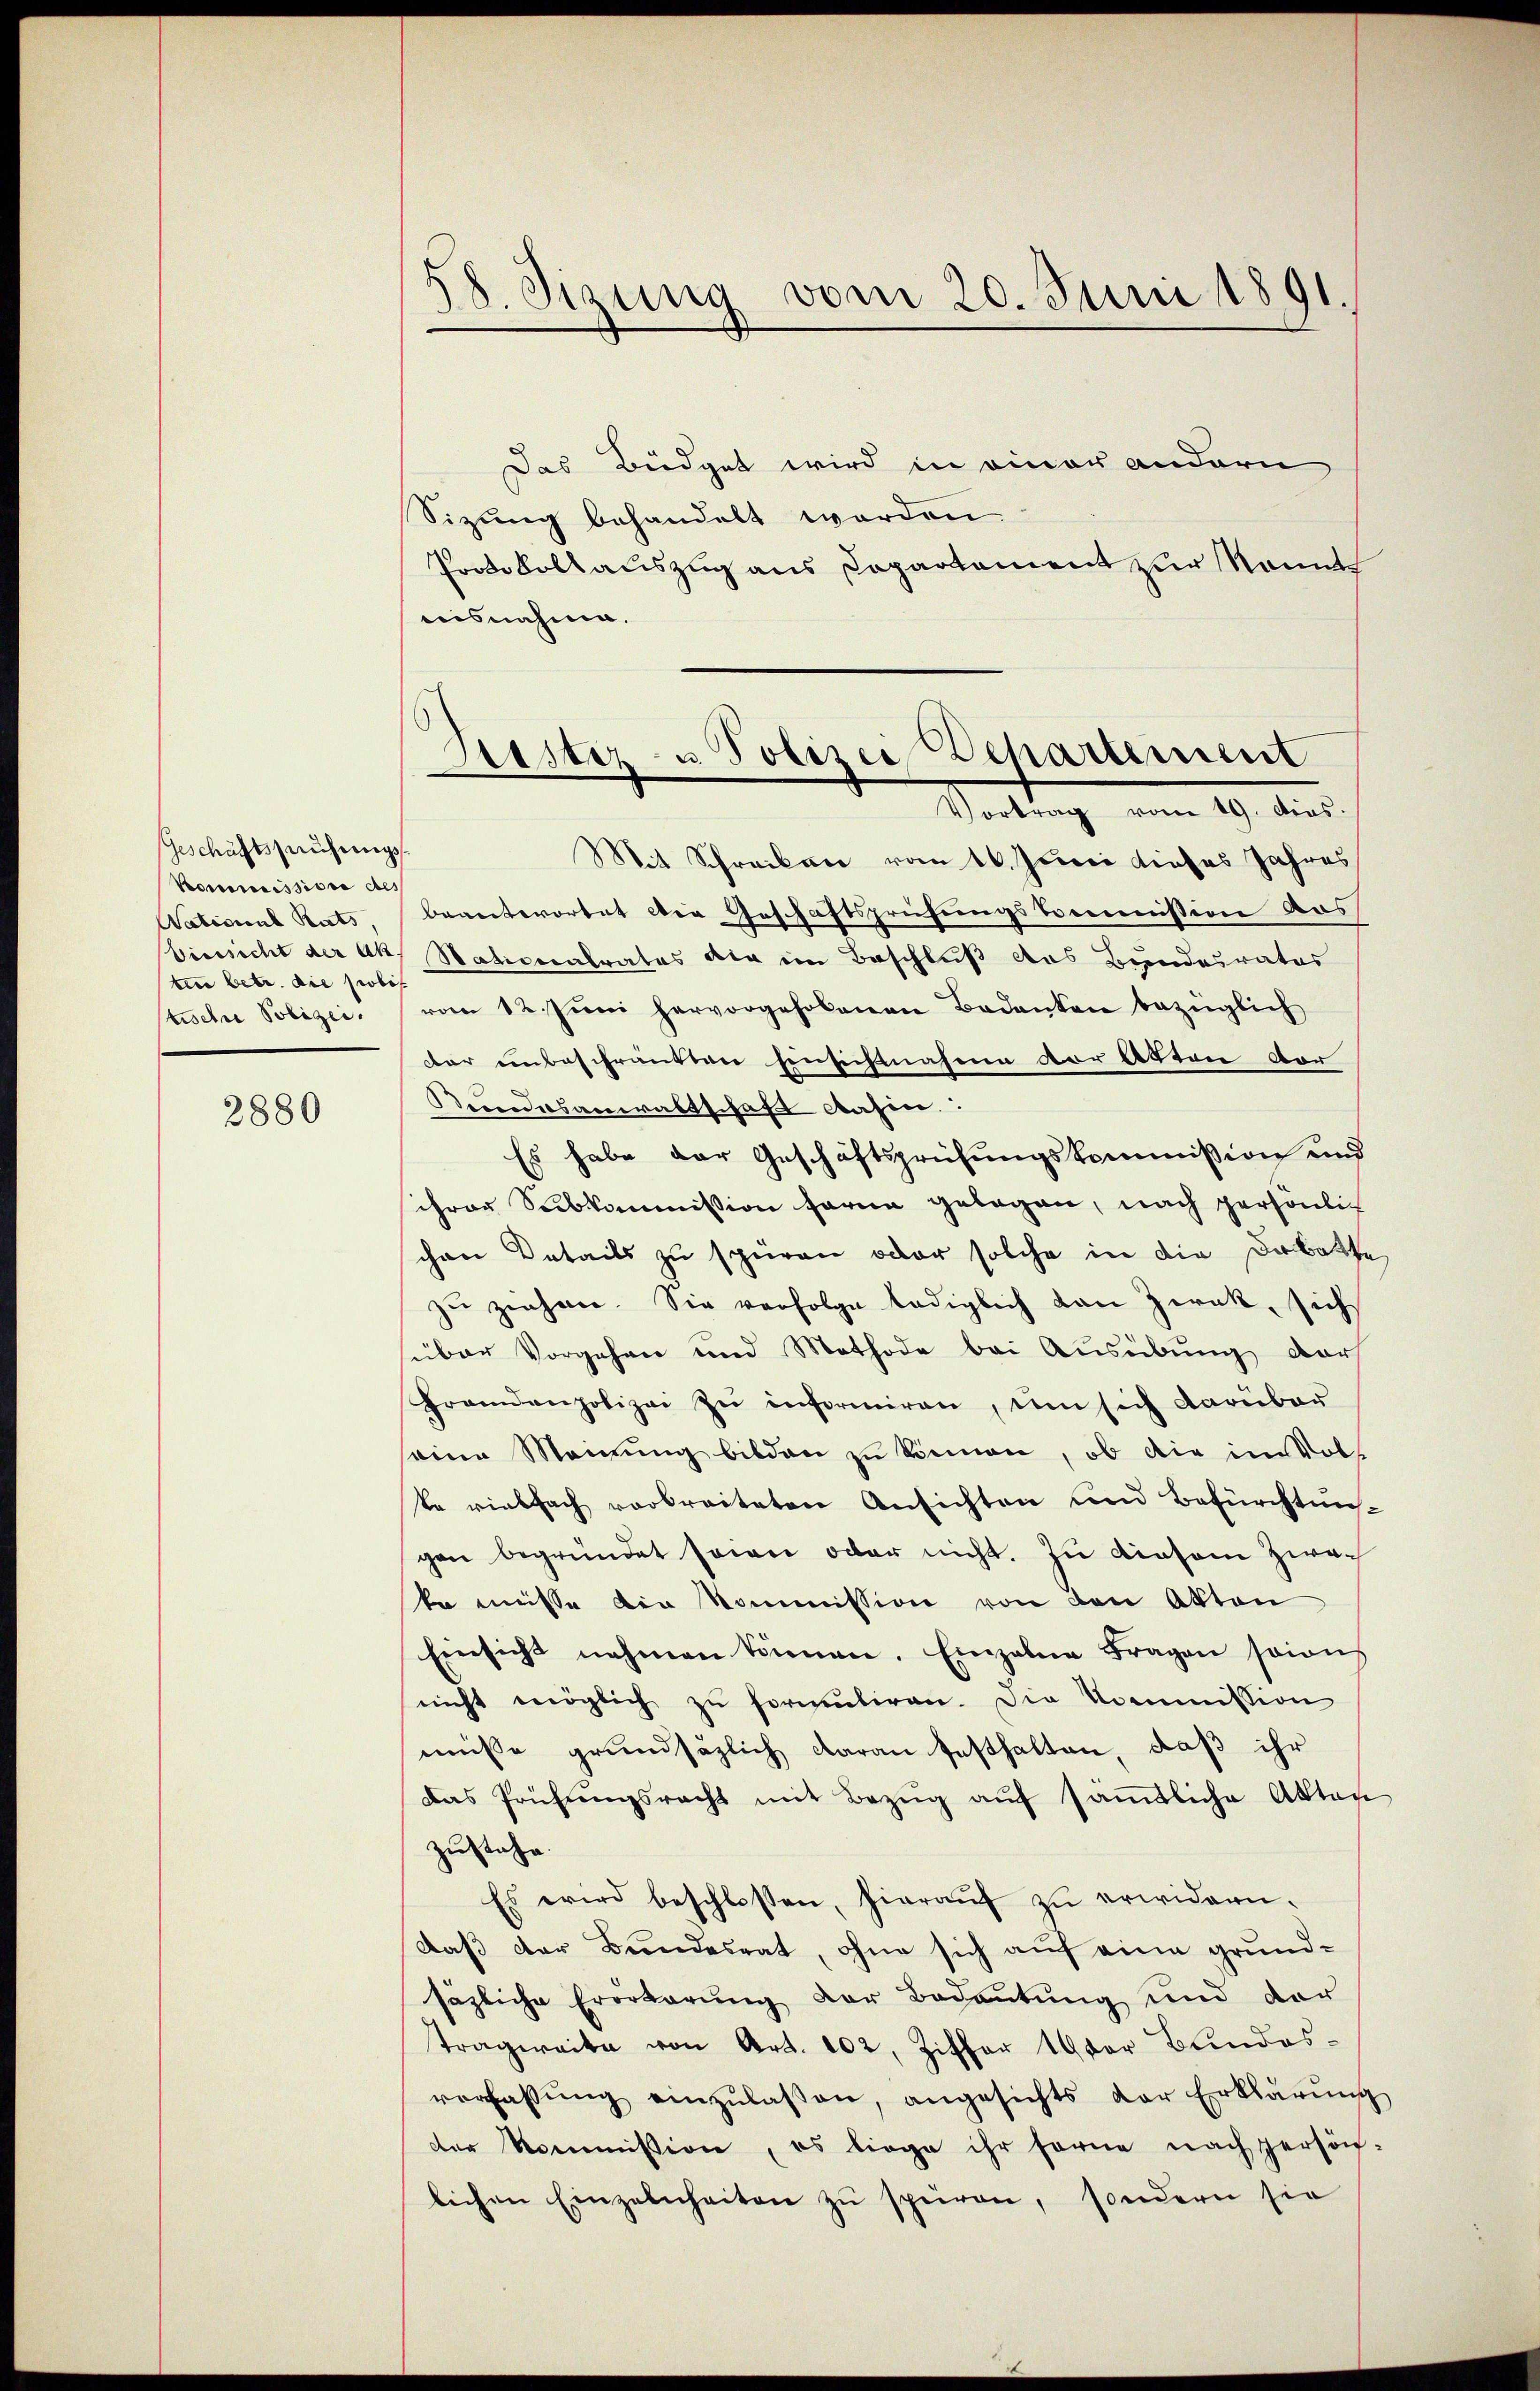
Geschäftsführungs
Kommissione des
National Rats,
ten betr. die probis
tische Polizei.

2880

d
d. Sizung vom 20. Juni 1891.

Das Büdget wird in einer andern
Sizung behandelt worden.
Protokollauszug aus Departement zur konnt
nisnahme.

Departement
Justiz- u. Polizei,
Saltung vom 19. die

Mit Schreiben vom 16. Junii dieses Jahres
beantwortet die Geschäftsprüfungskommnission das
Visssicht der Ak, Nativerabrates die im Beschluß des Bundesrates
vom 12. Juni hervorgehobenen Badanten bezüglich
dar unbeschränkten hinsichtnahme vor Akten vor
Beundesanwaltschaft dahin:
Es habe der Geschäftsprüfungskommission und
ihrer Subkommission ferne gelegen, nach persönlic
chen Details zu spüren oder solche in die Debatten
zu ziehen. Sie verfolge lediglich von Zirak, sich
süber Vorgehen und Methode bei Ausübung der
Fremdenpolizei zu informiren, um sich darüber
seine Meinung bilden zu können, ob die im Volke vielfach verbreiteten Ansichten und Befürchtunggen begründet seien oder nicht. Zu diesem Zweko misse die Kommission von den Akten
Einsicht nehmen können. Einzelne Fragen soins
nicht möglich zu formuliren. Die Kommission
müsse grundsätzlich daran festhalten, daß ihr
das frühungsrecht mit Bezŭg aŭf säṁtliche Akten
zustehe.
Es wird beschlossen, hierauf zu erwidern.
Daß der Bundesrat, ohne sich auf eine grundsäzliche Erörterung der Bedeutung und der
Tragweite von Art. 102, Ziffer 19 der Bundes-
verfassŭng einzŭlasen, angesichts der Erklärŭng
der Kommission, es liege ihr ferne nach persön-
lichen Einzelnheiten zu spüren, sondern sie